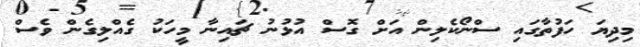
މިދިޔަ ހަފުތާގައި ސްނޯކެލިން އަށް ގޮސް އުޅުނު ޗައިނާ މީހަކު ގެއްލިގެން ވެސް